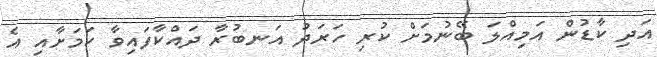
އަދި ކާޑުން އަމިއްލަ ބޭނުމަށް ކުރި ހަރަދު އަނބުރާ ދައްކާފައިވާ ކަމަށާއި އެ